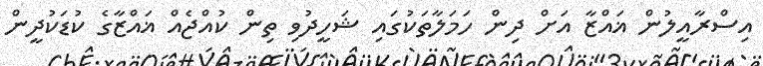
އިސްރާއީލުން ޣައްޒާ އަށް ދިން ހަމަލާތަކުގައި ޝަހީދުވި ތިން ކުއްޖެއް ޣައްޒާގެ ކުޑަކުދީން